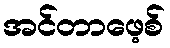
အင်တာဖေ့စ်